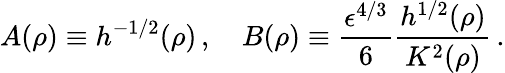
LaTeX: A(\rho)\equiv h^{-1/2}(\rho)\, ,\quad B(\rho)\equiv\frac{\epsilon^{4/3}}{6}\frac{h^{1/2}(\rho)}{K^{2}(\rho)}\, .